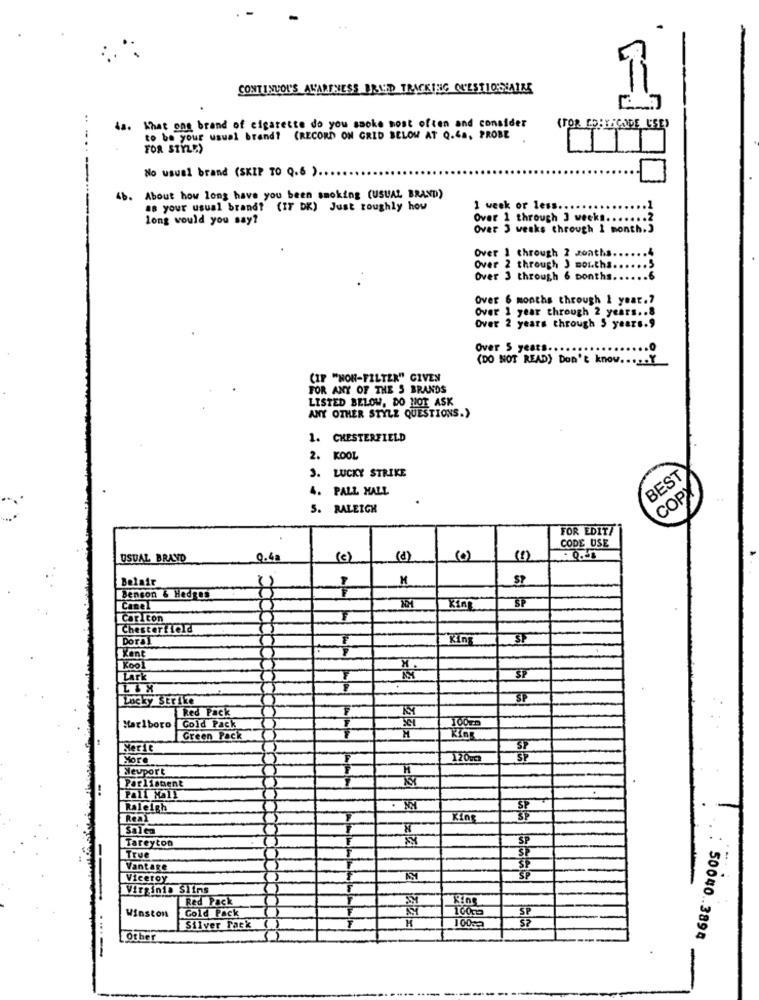
CONTINUOU'S AWARENESS BRUD TRACKING QUESTIONNAIRE
6s.
What one brand of cigarette do you smoke most often and consider
(FOR CORTIÇODE USE)
to be your usual brand? (RECORD ON GRID BELOW AT Q.ES, PROBE
FOR STYLE)
No usual brand (SKIP TO Q.6 ).
4b.
About how long have you been smoking (USUAL BRAND)
as your usual brand? (IT DK) Just roughly how
1 week or less.
long would you say?
Over 1 through 3 weeks .....
Over 3 weaks through 1 month.]
Over 1 through 2 months ..
Over 2 through J months ...... 5
Over 3 through 6 Donths.
Over 6 months through 1 year.7
Over 1 year through 2 years .. 8
Over 2 years through 5 years.9
Over 5 years ..
(DO NOT READ) Don't know ....
CIP "NON-FILTER" GIVEN
FOR ANY OF THE S BRANDS
LISTED BELOW, DO NOT ASK
ANY OTHER STYLE QUESTIONS.)
1. CHESTERFIELD
2. KOOL
3. LUCKY STRIKE
BEST
PALL MALL
COPY
5. RALEIGH
FOR EDIT/
CODE USE
USUAL BRAND
0.63
(c)
(0)
()
Belair
Benson & Hedges
Cane
Kim
Carlton
T
Chesterfield
Doral
King
SF
Kint
Kool
Lark
T
SP
LIX
Lucky Strike
Red Pack
Marlboro
Gold Pack
Green Pack
Serie
More
Newport
H
Parliament
Raleigh
F
Salen
Tareyton
SP
True
Vantage
Viceroy
SP
Virginia Siins
Red Pack
Winston
Gold Pack
F
H
SP
Silver Tack
100mg
Other
50040 .. 3894